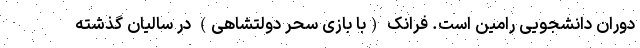
دوران دانشجویی رامین است. فرانک (با بازی سحر دولتشاهی) در سالیان گذشته